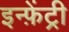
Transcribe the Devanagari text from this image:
इन्फ़ेंट्री